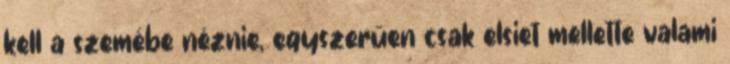
kell a szemébe néznie, egyszerűen csak elsiet mellette valami